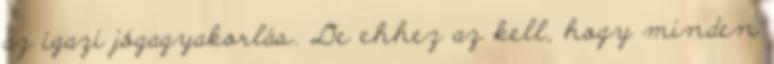
az igazi jógagyakorlás. De ehhez az kell, hogy minden